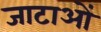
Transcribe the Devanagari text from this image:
जाटाओं